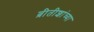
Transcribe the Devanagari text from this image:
ब्रीतीशांच्या